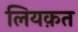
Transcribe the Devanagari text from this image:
लियक़त